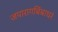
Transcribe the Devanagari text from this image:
जपारागबिंबाधरं